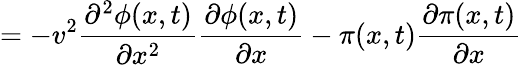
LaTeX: =-v^{2}\frac{\partial^{2}\phi(x,t)}{\partial x^{2}}\frac{\partial\phi(x,t)}{\partial x}-\pi(x,t)\frac{\partial\pi(x,t)}{\partial x}